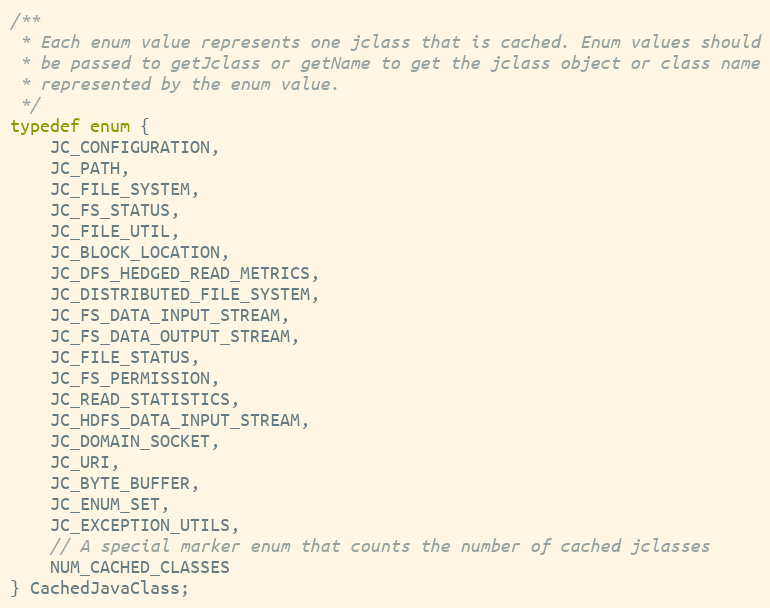
Language: C
/**
 * Each enum value represents one jclass that is cached. Enum values should
 * be passed to getJclass or getName to get the jclass object or class name
 * represented by the enum value.
 */
typedef enum {
    JC_CONFIGURATION,
    JC_PATH,
    JC_FILE_SYSTEM,
    JC_FS_STATUS,
    JC_FILE_UTIL,
    JC_BLOCK_LOCATION,
    JC_DFS_HEDGED_READ_METRICS,
    JC_DISTRIBUTED_FILE_SYSTEM,
    JC_FS_DATA_INPUT_STREAM,
    JC_FS_DATA_OUTPUT_STREAM,
    JC_FILE_STATUS,
    JC_FS_PERMISSION,
    JC_READ_STATISTICS,
    JC_HDFS_DATA_INPUT_STREAM,
    JC_DOMAIN_SOCKET,
    JC_URI,
    JC_BYTE_BUFFER,
    JC_ENUM_SET,
    JC_EXCEPTION_UTILS,
    // A special marker enum that counts the number of cached jclasses
    NUM_CACHED_CLASSES
} CachedJavaClass;